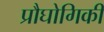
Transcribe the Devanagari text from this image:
प्रौघोगिकी